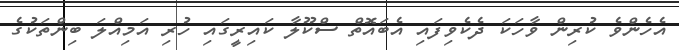
އެހެންވެ ކުރިން ވާހަކަ ދެކެވިފައި އެބައޮތް ސްކޫލާ ކައިރީގައި ހުރި އަމިއްލަ ބިންތަކުގެ